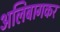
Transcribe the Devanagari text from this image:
अलिबागकर